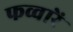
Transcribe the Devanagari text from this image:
फव्वारें